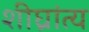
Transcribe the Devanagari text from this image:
शीघ्रांत्य